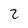
Character: 2